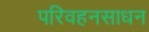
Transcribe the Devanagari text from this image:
परिवहनसाधन